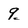
Character: 9